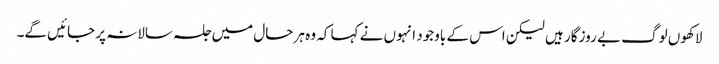
لاکھوں لوگ بے روز گار ہیں لیکن اس کے باوجود انہوں نے کہا کہ وہ ہر حال میں جلسہ سالانہ پر جائیں گے۔